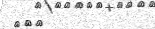
١٨٢